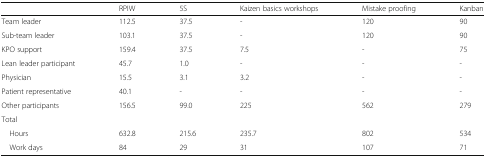
|  | RPIW | 5S | Kaizen basics workshops | Mistake proofing | Kanban |
 | --- | --- | --- | --- | --- | --- |
 | Team leader | 112.5 | 37.5 | - | 120 | 90 |
 | Sub-team leader | 103.1 | 37.5 | - | 120 | 90 |
 | KPO support | 159.4 | 37.5 | 7.5 | - | 75 |
 | Lean leader participant | 45.7 | 1.0 | - | - | - |
 | Physician | 15.5 | 3.1 | 3.2 | - | - |
 | Patient representative | 40.1 | - | - | - | - |
 | Other participants | 156.5 | 99.0 | 225 | 562 | 279 |
 | <COLSPAN=6> Total |
 | Hours | 632.8 | 215.6 | 235.7 | 802 | 534 |
 | Work days | 84 | 29 | 31 | 107 | 71 |